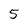
Character: 5